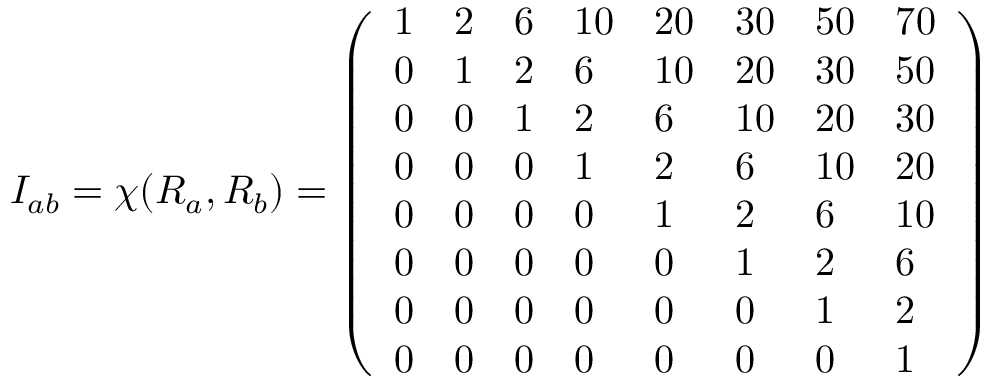
I _ { a b } = \chi ( R _ { a } , R _ { b } ) = \left( \begin{array} { l l l l l l l l } { { 1 } } & { { 2 } } & { { 6 } } & { { 1 0 } } & { { 2 0 } } & { { 3 0 } } & { { 5 0 } } & { { 7 0 } } \\ { { 0 } } & { { 1 } } & { { 2 } } & { { 6 } } & { { 1 0 } } & { { 2 0 } } & { { 3 0 } } & { { 5 0 } } \\ { { 0 } } & { { 0 } } & { { 1 } } & { { 2 } } & { { 6 } } & { { 1 0 } } & { { 2 0 } } & { { 3 0 } } \\ { { 0 } } & { { 0 } } & { { 0 } } & { { 1 } } & { { 2 } } & { { 6 } } & { { 1 0 } } & { { 2 0 } } \\ { { 0 } } & { { 0 } } & { { 0 } } & { { 0 } } & { { 1 } } & { { 2 } } & { { 6 } } & { { 1 0 } } \\ { { 0 } } & { { 0 } } & { { 0 } } & { { 0 } } & { { 0 } } & { { 1 } } & { { 2 } } & { { 6 } } \\ { { 0 } } & { { 0 } } & { { 0 } } & { { 0 } } & { { 0 } } & { { 0 } } & { { 1 } } & { { 2 } } \\ { { 0 } } & { { 0 } } & { { 0 } } & { { 0 } } & { { 0 } } & { { 0 } } & { { 0 } } & { { 1 } } \end{array} \right)